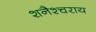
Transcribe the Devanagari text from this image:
शनैश्चराय